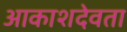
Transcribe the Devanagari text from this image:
आकाशदेवता